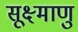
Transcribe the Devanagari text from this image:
सूक्ष्माणु